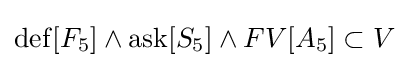
\operatorname {def} [F_{5}]\land \operatorname {ask} [S_{5}]\land FV[A_{5}]\subset V